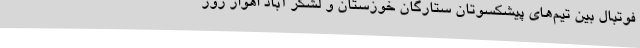
فوتبال بین تیم‌های پیشکسوتان ستارگان خوزستان و لشکر آباد اهواز روز